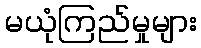
မယုံကြည်မှုများ